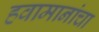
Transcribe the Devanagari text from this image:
हवामानांचा